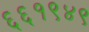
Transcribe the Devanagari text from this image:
६६१९४९